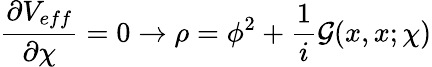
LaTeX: \frac{\partial V_{eff}}{\partial\chi}=0\rightarrow\rho=\phi^{2}+\frac{1}{i}{\cal G}(x,x;\chi)